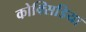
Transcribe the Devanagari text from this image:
कोक्सिडिया